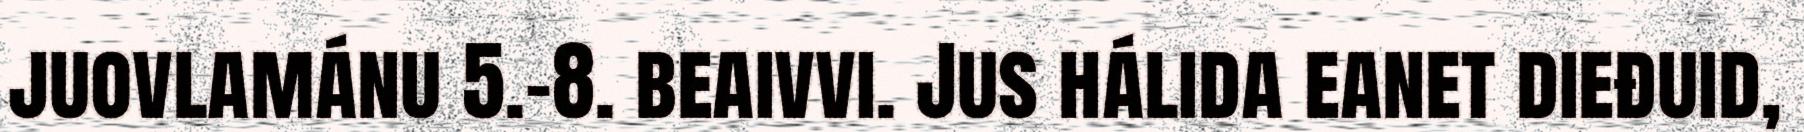
juovlamánu 5.-8. beaivvi. Jus hálida eanet dieđuid,